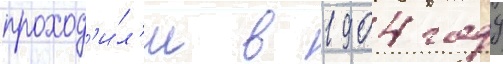
проход'и́л'и в 1904 году